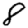
Digit: 8